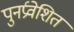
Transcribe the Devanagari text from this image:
पुनर्प्रवेशित